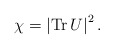
\begin{align*}\chi = \left| {\rm Tr}\, U \right|^2.\end{align*}